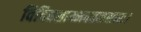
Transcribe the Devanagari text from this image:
विदिवशाम्भवतत्वसारः।